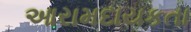
આરામદાયકતા